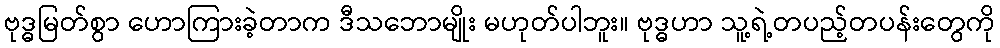
ဗုဒ္ဓမြတ်စွာ ဟောကြားခဲ့တာက ဒီသဘောမျိုး မဟုတ်ပါဘူး။ ဗုဒ္ဓဟာ သူ့ရဲ့တပည့်တပန်းတွေကို